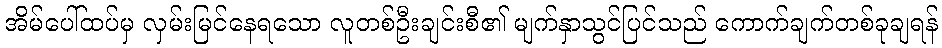
အိမ်ပေါ်ထပ်မှ လှမ်းမြင်နေရသော လူတစ်ဦးချင်းစီ၏ မျက်နှာသွင်ပြင်သည် ကောက်ချက်တစ်ခုချရန်